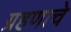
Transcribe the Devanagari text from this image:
ग्रहणाचे